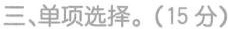
三、单项选择.(15 分)